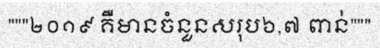
"""២០១៩ គឺមានចំនួនសរុប៦,៧ ពាន់"""